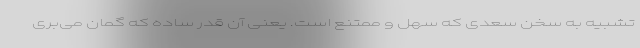
تشبیه به سخن سعدی که سهل و ممتنع است. یعنی آن قدر ساده که گمان می‌بری